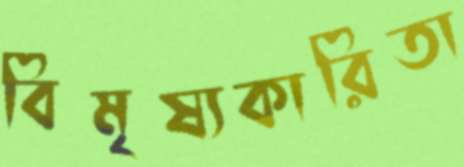
বিমৃষ্যকারিতা